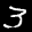
Label: 3